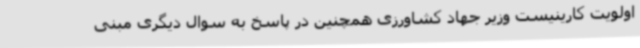
اولویت کارینیست وزیر جهاد کشاورزی همچنین در پاسخ به سوال دیگری مبنی